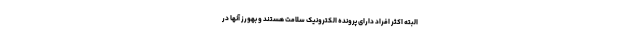
البته اکثر افراد دارای پرونده الکترونیک سلامت هستند و بهورز آنها در